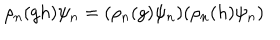
\rho _ { n } ( g h ) \psi _ { n } = ( \rho _ { n } ( g ) \psi _ { n } ) ( \rho _ { n } ( h ) \psi _ { n } )